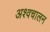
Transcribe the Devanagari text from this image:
अश्वचालन